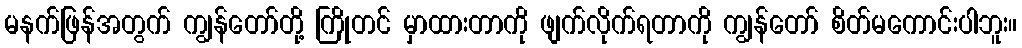
မနက်ဖြန်အတွက် ကျွန်တော်တို့ ကြိုတင် မှာထားတာကို ဖျက်လိုက်ရတာကို ကျွန်တော် စိတ်မကောင်းပါဘူး။